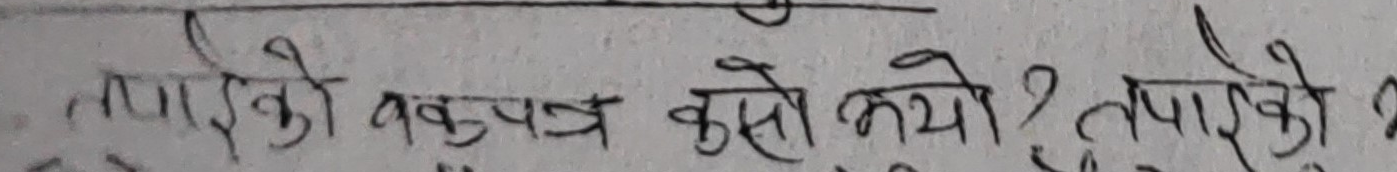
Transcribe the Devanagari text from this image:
तपाईंको बचतपत्र कस्तो भयो ? तपाईंको ?